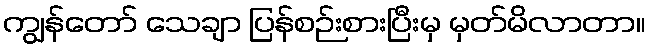
ကျွန်တော် သေချာ ပြန်စဉ်းစားပြီးမှ မှတ်မိလာတာ။